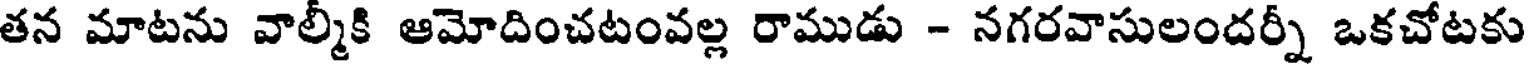
తన మాటను వాల్మీకి ఆమోదించటంవల్ల రాముడు - నగరవాసులందర్నీ ఒకచోటకు